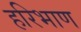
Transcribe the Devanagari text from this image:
हरिभाण